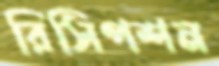
রিসিপশন